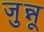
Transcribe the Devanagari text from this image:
जुन्नू